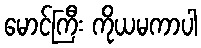
မောင်ကြီး ကိုယမကာပါ